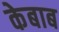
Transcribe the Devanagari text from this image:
केबाब